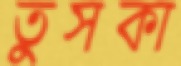
তুসকা